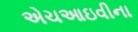
એચઆઇવીના